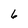
Character: 6